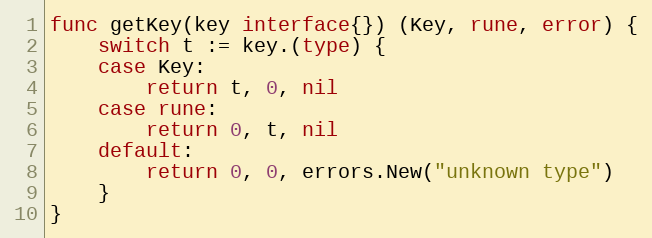
Language: Go
func getKey(key interface{}) (Key, rune, error) {
	switch t := key.(type) {
	case Key:
		return t, 0, nil
	case rune:
		return 0, t, nil
	default:
		return 0, 0, errors.New("unknown type")
	}
}